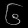
Digit: ၆